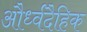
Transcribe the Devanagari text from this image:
और्ध्वदैहिक